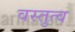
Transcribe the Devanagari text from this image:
वस्तुत्व